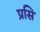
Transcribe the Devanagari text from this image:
प्रसि